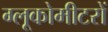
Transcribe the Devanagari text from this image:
ग्लूकोमीटरों